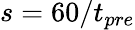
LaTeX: s=60/t_{pre}